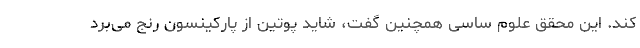
کند. این محقق علوم ساسی همچنین گفت، شاید پوتین از پارکینسون رنج می‌برد